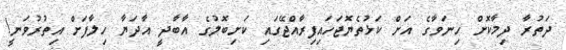
ދަތުރާ ދިމާކޮށް ހިނަވާގެ އަށް ކަޅުތެޔޮޖަހައިފިރާއްޖޭގައި ކަށިބޮލުގެ އާބާދީ އާދަޔާ ހިލާފަށް އިިތުރުވަނީ!